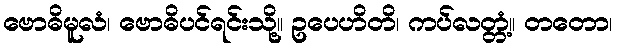
ဗောဓိမူလံ၊ ဗောဓိပင်ရင်းသို့။ ဥပေဟိတိ၊ ကပ်လတ္တံ့။ တတော၊